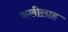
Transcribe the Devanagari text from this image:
कलीलाह